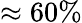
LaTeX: \approx 60\%